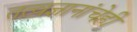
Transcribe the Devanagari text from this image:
तत्वज्ञानांचेही